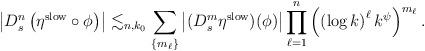
LaTeX: \begin{align*}\left| D^n_s \left( \eta^{\rm slow} \circ \phi \right) \right|\lesssim_{n,k_{0}} \sum_{\left\{ m_{\ell} \right\}} \left| (D^{m}_s \eta^{\rm slow}) (\phi) \right|\prod_{\ell=1}^{n} \left( \left( \log k \right)^{\ell} k^{\psi} \right)^{m_{\ell}}.\end{align*}